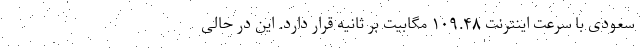
سعودی با سرعت اینترنت ۱۰۹.۴۸ مگابیت بر ثانیه قرار دارد. این در حالی